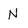
Character: N